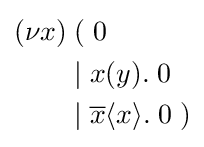
{\begin{aligned}(\nu x)&\;(\;0\\&\;|\;x(y).\;0\\&\;|\;{\overline {x}}\langle x\rangle .\;0\;)\end{aligned}}